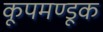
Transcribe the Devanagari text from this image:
कूपमण्डूक